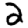
Digit: 2